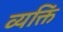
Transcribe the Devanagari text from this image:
व्यक्तिं